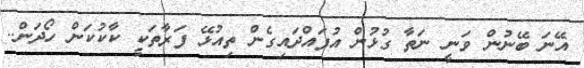
އޭނަ ބޭނުން ވަނީ ނަތާ ގުޅުން އުފައްދައިގެން ތިއުޅޭ ފަރާތަކީ ކާކުކަން ހޯދަން..